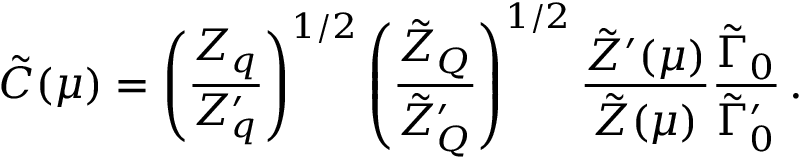
\tilde { C } ( \mu ) = \left( \frac { Z _ { q } } { Z _ { q } ^ { \prime } } \right) ^ { 1 / 2 } \left( \frac { \tilde { Z } _ { Q } } { \tilde { Z } _ { Q } ^ { \prime } } \right) ^ { 1 / 2 } \frac { \tilde { Z } ^ { \prime } ( \mu ) } { \tilde { Z } ( \mu ) } \frac { \tilde { \Gamma } _ { 0 } } { \tilde { \Gamma } _ { 0 } ^ { \prime } } \, .